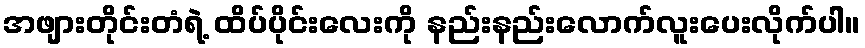
အဖျားတိုင်းတံရဲ့ ထိပ်ပိုင်းလေးကို နည်းနည်းလောက်လူးပေးလိုက်ပါ။